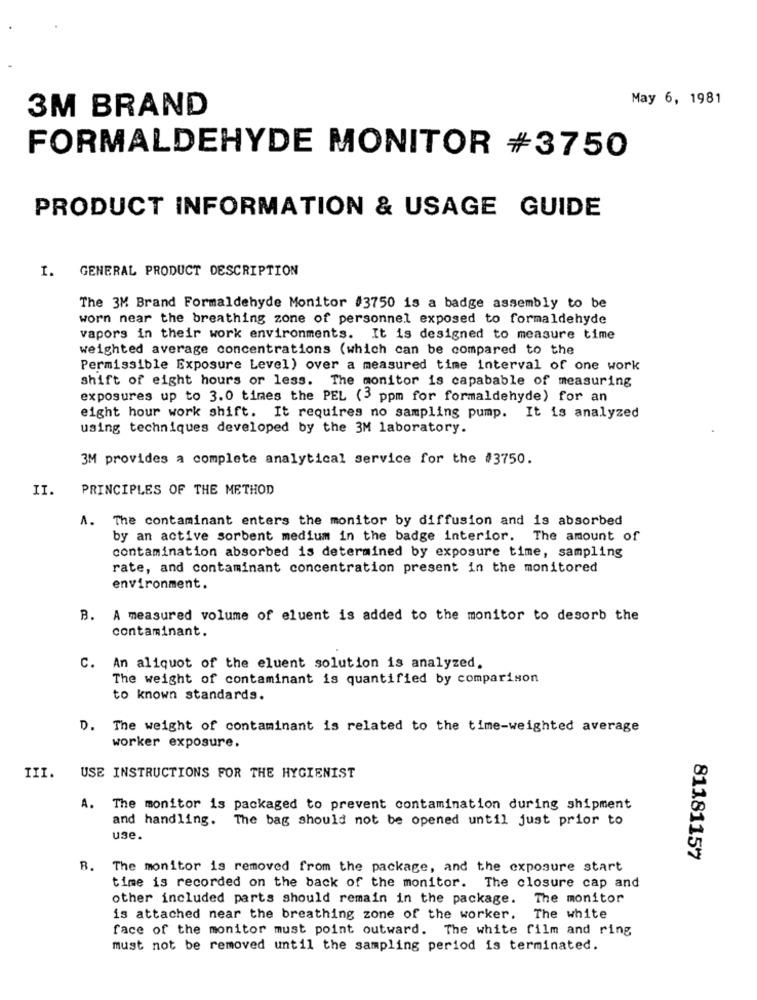
May 6, 1981
3M BRAND
FORMALDEHYDE MONITOR #3750
PRODUCT INFORMATION & USAGE GUIDE
GENERAL PRODUCT DESCRIPTION
1.
The 3M Brand Formaldehyde Monitor #3750 is a badge assembly to be
worn near the breathing zone of personnel exposed to formaldehyde
vapors in their work environments. It is designed to measure time
weighted average concentrations (which can be compared to the
Permissible Exposure Level) over a measured time interval of one work
shift of eight hours or less. The monitor is capabable of measuring
exposures up to 3.0 times the PEL (3 ppm for formaldehyde) for an
eight hour work shift. It requires no sampling pump. It is analyzed
using techniques developed by the 3M laboratory.
3M provides a complete analytical service for the #3750.
II.
PRINCIPLES OF THE METHOD
The contaminant enters the monitor by diffusion and is absorbed
by an active sorbent medium in the badge interior. The amount of
contamination absorbed is determined by exposure time, sampling
rate, and contaminant concentration present in the monitored
environment.
B. A measured volume of eluent is added to the monitor to desorb the
contaminant.
C. An aliquot of the eluent solution is analyzed.
The weight of contaminant is quantified by comparison
to known standards.
D. The weight of contaminant is related to the time-weighted average
worker exposure.
III.
USE INSTRUCTIONS FOR THE HYGIENIST
A. The monitor is packaged to prevent contamination during shipment
and handling. The bag should not be opened until just prior to
use.
81181157
B. The monitor is removed from the package, and the exposure start
time is recorded on the back of the monitor. The closure cap and
other included parts should remain in the package.
The monitor
is attached near the breathing zone of the worker. The white
face of the monitor must point outward. The white film and ring
must not be removed until the sampling period is terminated.